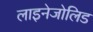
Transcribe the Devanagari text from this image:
लाइनेजोलिड